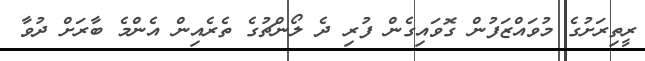
ރީތިރަށުގެ މުވައްޒަފުން ގޮވައިގެން ފުރި ދެ ލޯންޗުގެ ތެރެއިން އެންމެ ބާރަށް ދުވާ